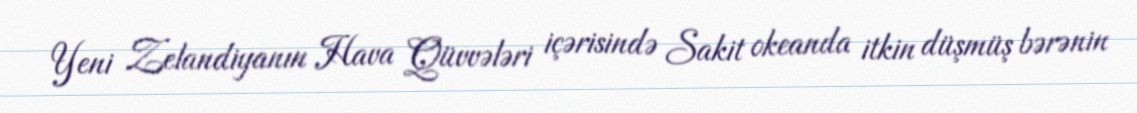
Yeni Zelandiyanın Hava Qüvvələri içərisində Sakit okeanda itkin düşmüş bərənin